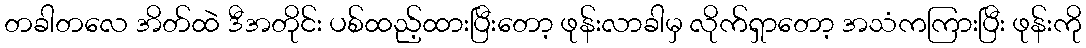
တခါတလေ အိတ်ထဲ ဒီအတိုင်း ပစ်ထည့်ထားပြီးတော့ ဖုန်းလာခါမှ လိုက်ရှာတော့ အသံကကြားပြီး ဖုန်းကို